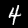
Digit: 4